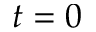
t = 0